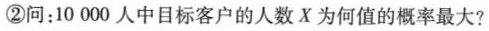
②问：10000人中目标客户的人数X为何值的概率最大?